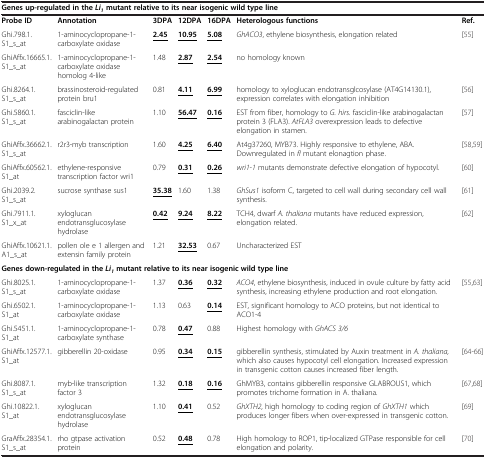
<table><thead><tr><td colspan="7"><b>Genes up-regulated in the<i>Li</i><sub><i>1</i></sub>mutant relative to its near isogenic wild type line</b></td></tr></thead><tbody><tr><td><b>Probe ID</b></td><td><b>Annotation</b></td><td><b>3DPA</b></td><td><b>12DPA</b></td><td><b>16DPA</b></td><td><b>Heterologous functions</b></td><td><b>Ref.</b></td></tr><tr><td>Ghi.798.1.S1_s_at</td><td>1-aminocyclopropane-1-carboxylate oxidase</td><td><b><underline>2.45</underline></b></td><td><b><underline>10.95</underline></b></td><td><b><underline>5.08</underline></b></td><td><i>GhACO3</i>, ethylene biosynthesis, elongation related</td><td>[55]</td></tr><tr><td>GhiAffx.16665.1.S1_s_at</td><td>1-aminocyclopropane-1-carboxylate oxidase homolog 4-like</td><td>1.48</td><td><b><underline>2.87</underline></b></td><td><b><underline>2.54</underline></b></td><td>no homology known</td><td> </td></tr><tr><td>Ghi.8264.1.S1_s_at</td><td>brassinosteroid-regulated protein bru1</td><td>0.81</td><td><b><underline>4.11</underline></b></td><td><b><underline>6.99</underline></b></td><td>homology to xyloglucan endotransglcosylase (AT4G14130.1), expression correlates with elongation inhibition</td><td>[56]</td></tr><tr><td>Ghi.5860.1.S1_s_at</td><td>fasciclin-like arabinogalactan protein</td><td>1.10</td><td><b><underline>56.47</underline></b></td><td><b><underline>0.16</underline></b></td><td>EST from fiber, homology to <i>G. hirs.</i> fasciclin-like arabinogalactan protein 3 (FLA3). <i>AtFLA3</i> overexpression leads to defective elongation in stamen.</td><td>[57]</td></tr><tr><td>GhiAffx.36662.1.S1_s_at</td><td>r2r3-myb transcription</td><td>1.60</td><td><b><underline>4.25</underline></b></td><td><b><underline>6.40</underline></b></td><td>At4g37260, MYB73. Highly responsive to ethylene, ABA. Downregulated in <i>fl</i> mutant elonagtion phase.</td><td>[58,59]</td></tr><tr><td>GhiAffx.60562.1.S1_at</td><td>ethylene-responsive transcription factor wri1</td><td>0.79</td><td><b><underline>0.31</underline></b></td><td><b><underline>0.26</underline></b></td><td><i>wri1-1</i> mutants demonstrate defective elongation of hypocotyl.</td><td>[60]</td></tr><tr><td>Ghi.2039.2.S1_s_at</td><td>sucrose synthase sus1</td><td><b><underline>35.38</underline></b></td><td>1.60</td><td>1.38</td><td><i>GhSus1</i> isoform C, targeted to cell wall during secondary cell wall synthesis.</td><td>[61]</td></tr><tr><td>Ghi.7911.1.S1_x_at</td><td>xyloglucan endotransglucosylase hydrolase</td><td><b><underline>0.42</underline></b></td><td><b><underline>9.24</underline></b></td><td><b><underline>8.22</underline></b></td><td>TCH4, dwarf <i>A. thaliana</i> mutants have reduced expression, elongation related.</td><td>[62]</td></tr><tr><td>GhiAffx.10621.1.A1_s_at</td><td>pollen ole e 1 allergen and extensin family protein</td><td>1.21</td><td><b><underline>32.53</underline></b></td><td>0.67</td><td>Uncharacterized EST</td><td> </td></tr><tr><td colspan="7"><b>Genes down-regulated in the</b><b><i>Li</i></b><sub><b><i>1</i></b></sub><b>mutant relative to its near isogenic wild type line</b></td></tr><tr><td>Ghi.8025.1.S1_s_at</td><td>1-aminocyclopropane-1-carboxylate oxidase</td><td>1.37</td><td><b><underline>0.36</underline></b></td><td><b><underline>0.32</underline></b></td><td><i>ACO4</i>, ethylene biosynthesis, induced in ovule culture by fatty acid synthesis, increasing ethylene production and root elongation.</td><td>[55,63]</td></tr><tr><td>Ghi.6502.1.S1_at</td><td>1-aminocyclopropane-1-carboxylate oxidase</td><td>1.13</td><td>0.63</td><td><b><underline>0.14</underline></b></td><td>EST, significant homology to ACO proteins, but not identical to ACO1-4</td><td> </td></tr><tr><td>Ghi.5451.1.S1_at</td><td>1-aminocyclopropane-1-carboxylate synthase</td><td>0.78</td><td><b><underline>0.47</underline></b></td><td>0.88</td><td>Highest homology with <i>GhACS 3/6</i></td><td> </td></tr><tr><td>GhiAffx.12577.1.S1_at</td><td>gibberellin 20-oxidase</td><td>0.95</td><td><b><underline>0.34</underline></b></td><td><b><underline>0.15</underline></b></td><td>gibberellin synthesis, stimulated by Auxin treatment in <i>A. thaliana,</i> which also causes hypocotyl cell elongation. Increased expression in transgenic cotton causes increased fiber length.</td><td>[64-66]</td></tr><tr><td>Ghi.8087.1.S1_s_at</td><td>myb-like transcription factor 3</td><td>1.32</td><td><b><underline>0.18</underline></b></td><td><b><underline>0.16</underline></b></td><td>GhMYB3, contains gibberellin responsive GLABROUS1, which promotes trichome formation in A. thaliana.</td><td>[67,68]</td></tr><tr><td>Ghi.10822.1.S1_at</td><td>xyloglucan endotransglucosylase hydrolase</td><td>1.10</td><td><b><underline>0.41</underline></b></td><td>0.52</td><td><i>GhXTH2</i>, high homology to coding region of <i>GhXTH1</i> which produces longer fibers when over-expressed in transgenic cotton.</td><td>[69]</td></tr><tr><td>GraAffx.28354.1.S1_s_at</td><td>rho gtpase activation protein</td><td>0.52</td><td><b><underline>0.48</underline></b></td><td>0.78</td><td>High homology to ROP1, tip-localized GTPase responsible for cell elongation and polarity.</td><td>[70]</td></tr></tbody></table>